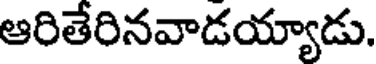
ఆరితేరినవాడయ్యాడు.